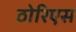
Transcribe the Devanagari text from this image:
ठोरिएस